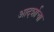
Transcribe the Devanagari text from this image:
आदर्शाचा